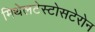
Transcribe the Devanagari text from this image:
मिथेलटेस्टोसटेरोन